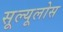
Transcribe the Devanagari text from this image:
सूल्यूलोस